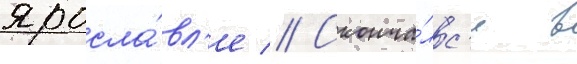
яросла́вл'е // Сконча́лс'я в